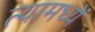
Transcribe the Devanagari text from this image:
त्यामध्यें